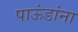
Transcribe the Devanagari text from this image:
पाऊंडांना